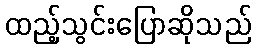
ထည့်သွင်းပြောဆိုသည်